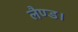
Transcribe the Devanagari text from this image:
लैण्ड।